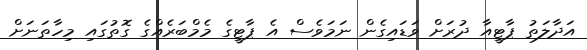
އަދާލަތު ޕާޓީއާ ދުރަށް ވަޑައިގެން ނަމަވެސް އެ ޕާޓީގެ މެމްބަރެއްގެ ގޮތުގައި މިހާތަނަށް